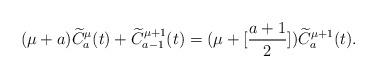
LaTeX: \begin{align*}(\mu+a) \widetilde C_a ^{\mu}(t)+\widetilde C_{a-1} ^{\mu+1}(t)=(\mu+[\frac{a+1}{2}])\widetilde C_a ^{\mu+1}(t). \end{align*}